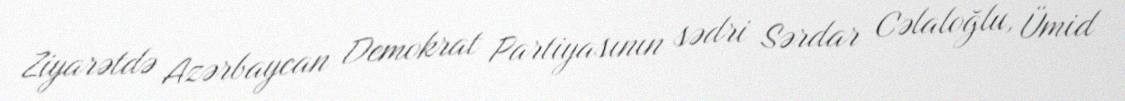
Ziyarətdə Azərbaycan Demokrat Partiyasının sədri Sərdar Cəlaloğlu, Ümid